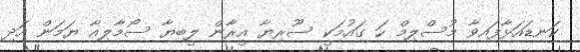
ކަނޑައަޅާފައިވާ މުސްލިމް ހަ ގައުމަކީ ސޫރިޔާ އީރާން ލީބިޔާ ސޯމާލިއާ ޔަމަން އަދި